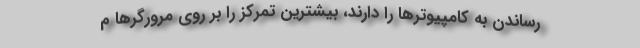
رساندن به کامپیوترها را دارند، بیشترین تمرکز را بر روی مرورگرها م